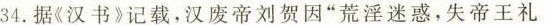
34. 据《汉书》记载，汉废帝刘贺因”荒淫迷惑，失帝王礼